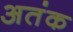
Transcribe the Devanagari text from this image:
अतंक